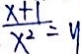
\frac { x + 1 } { x ^ { 2 } } = y